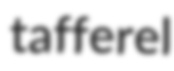
tafferel